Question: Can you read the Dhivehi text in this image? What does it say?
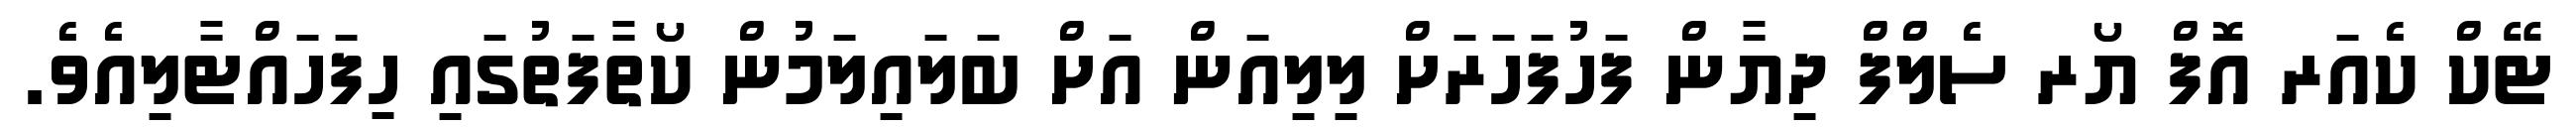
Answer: ޓޭކް ކެއަރ އޮފް ޔޯރ ސެލްފް ދިޔާން ފަހުފަހަރަށް ލިލިއަން އަށް ބަލައިލަމުން ކޯތާފަތުގައި ހިފަހައްޓާލިއެވެ.